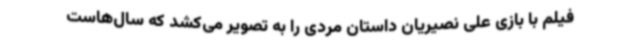
فیلم با بازی علی نصیریان داستان مردی را به تصویر می‌کشد که سال‌هاست